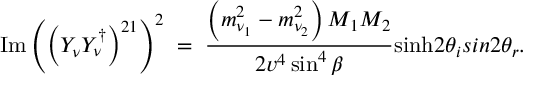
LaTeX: \mathrm { I m } \left( \left( Y _ { \nu } Y _ { \nu } ^ { \dagger } \right) ^ { 2 1 } \right) ^ { 2 } \; = \; { \frac { \left( m _ { \nu _ { 1 } } ^ { 2 } - m _ { \nu _ { 2 } } ^ { 2 } \right) M _ { 1 } M _ { 2 } } { 2 v ^ { 4 } \sin ^ { 4 } \beta } } \mathrm { s i n h } 2 \theta _ { i } s i n 2 \theta _ { r } .